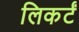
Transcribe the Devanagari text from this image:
लिकर्टं